Vaccination North-Western Provinces 1866-1877 - 1866-1877
Year: 1866
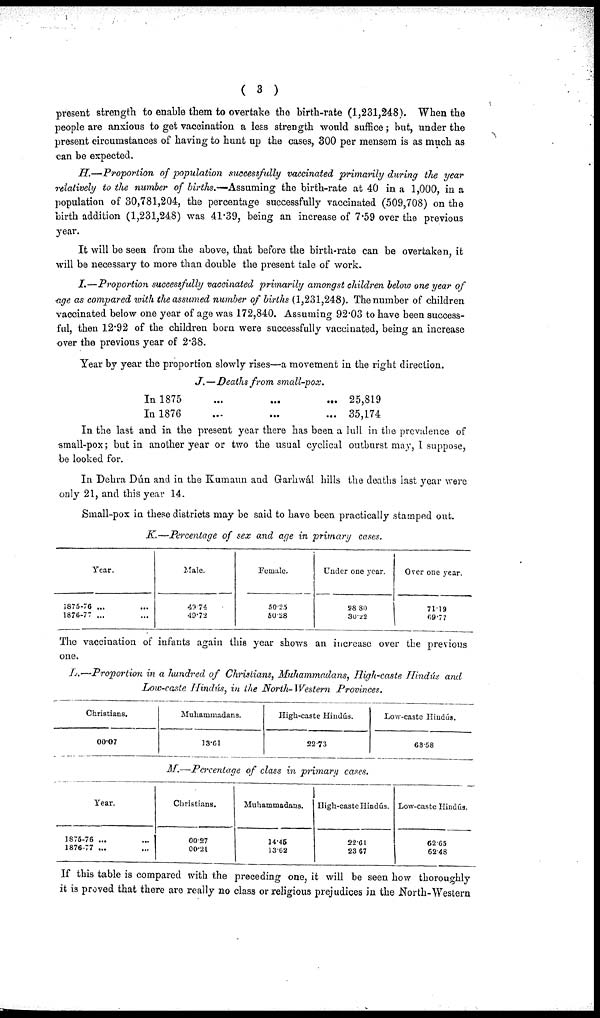
( 3 )
present strength to enable them to overtake the birth-rate (1,231,248). When the
people are anxious to get vaccination a less strength would suffice; but, under the
present circumstances of having to hunt up the cases, 300 per mensem is as much as
can be expected.
H.—Proportion of population successfully vaccinated primarily during the year
relatively to the number of births.-— Assuming the birth-rate at 40 in a 1,000, in a
population of 30,781,204, the percentage successfully vaccinated (509,708) on the
birth addition (1,231,248) was 41.39, being an increase of 7.59 over the previous
year.
It will be seen from the above, that before the birth-rate can be overtaken, it
will be necessary to more than double the present tale of work.
I.—Proportion successfully vaccinated primarily amongst children below one year of
age as compared with the assumed number of births (1,231,248). The number of children
vaccinated below one year of age was 172,840. Assuming 92.03 to have been success-
ful, then 12.92 of the children born were successfully vaccinated, being an increase
over the previous year of 2.38.
Year by year the proportion slowly rises—a movement in the right direction.
J.—Deaths from small-pox.
In 1875
...
...
...
In 1876 ... ... ...
25,819
35,174
In the last and in the present year there has been a lull in the prevalence of
small-pox; but in another year or two the usual cyclical outburst may, I suppose,
be looked for.
In Dehra Dún and in the Kumaun and Garhwál hills the deaths last year were
only 21, and this year 14.
Small-pox in these districts may be said to have been practically stamped out.
K.—Percentage of sex and age in primary cases.
Year.
1875-76 ... ...
1876-77 ... ...
Male.
49.74
49.72
Female.
50.25
50.28
Under one year.
28.80
30.22
Over one year.
71.19
69.77
The vaccination of infants again this year shows an increase over the previous
one.
L.—Proportion in a hundred of Christians, Muhammadans, High-caste Hindús and
Low-caste Hindús, in the North-Western Provinces.
Christians.
00.07
Muhammadans.
13.61
High-caste Hindús.
22.73
Low-caste Hindús.
63.58
M.—Percentage of class in primary cases.
Year.
1875-76 ... ...
1876-77 ... ...
Christians.
00.27
00.21
Muhammadans.
14.45
13.62
High-caste Hindús.
22.61
23.67
Low-caste Hindús.
62.65
62.48
If this table is compared with the preceding one, it will be seen how thoroughly
it is proved that there are really no class or religious prejudices in the .North-Western